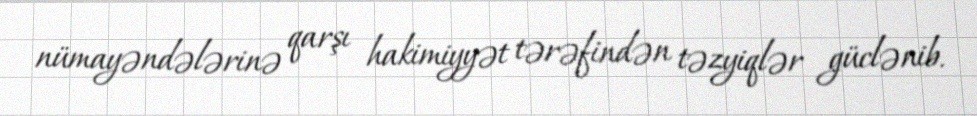
nümayəndələrinə qarşı hakimiyyət tərəfindən təzyiqlər güclənib.